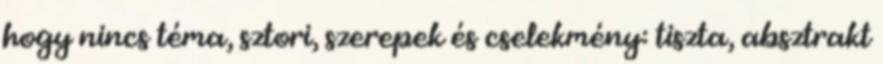
hogy nincs téma, sztori, szerepek és cselekmény: tiszta, absztrakt